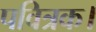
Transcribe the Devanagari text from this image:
पवित्रक।